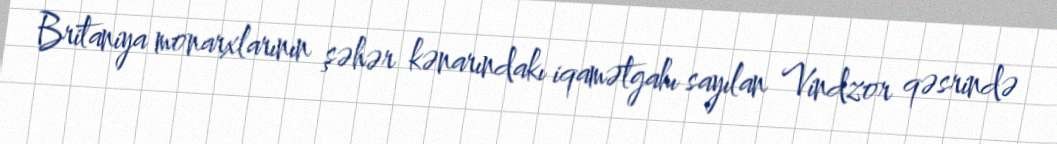
Britaniya monarxlarının şəhər kənarındakı iqamətgahı sayılan Vindzor qəsrində